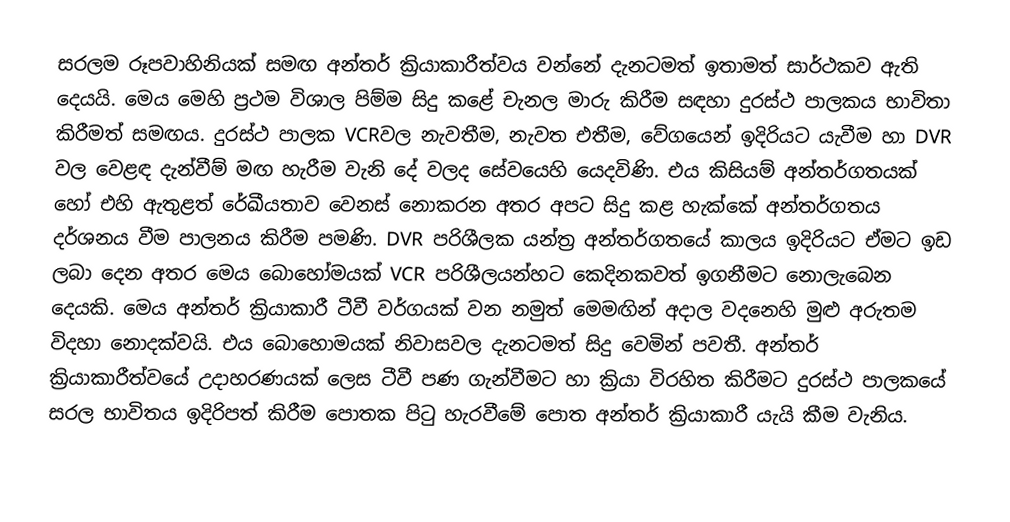
සරලම රූපවාහිනියක් සමඟ අන්තර් ක්‍රියාකාරීත්වය වන්නේ දැනටමත් ඉතාමත් සාර්ථකව ඇති දෙයයි. මෙය මෙහි ප්‍රථම විශාල පිම්ම සිදු ‍කළේ චැනල මාරු කිරීම සඳහා දුරස්ථ පාලකය භාවිතා කිරීමත් සමඟය. දුරස්ථ පාලක VCRවල නැවතීම, නැවත එතීම, වේගයෙන් ඉදිරියට යැවීම හා DVR වල වෙළඳ දැන්වීම් මඟ හැරීම වැනි දේ වලද සේවයෙහි යෙදවිණි. එය කිසියම් අන්තර්ගතයක් හෝ එහි ඇතුළත් රේඛීයතාව වෙනස් නොකරන අතර අපට සිදු කළ හැක්කේ අන්තර්ගතය දර්ශනය වීම පාලනය කිරීම පමණි. DVR පරිශීලක යන්ත්‍ර අන්තර්ගතයේ කාලය ඉදිරියට ඒමට ඉඩ ලබා දෙන අතර මෙය බොහෝමයක් VCR පරිශීලයන්හට කෙදිනකවත් ඉගනීමට නොලැබෙන දෙයකි. මෙය අන්තර් ක්‍රියාකාරී ටීවී වර්ගයක් වන නමුත් මෙමඟින් අදාල වදනෙහි මුළු අරුතම විදහා නොදක්වයි. එය ‍බොහොමයක් නිවාසවල දැනටමත් සිදු වෙමින් පවතී. අන්තර් ක්‍රියාකාරීත්වයේ උදාහරණයක් ලෙස ටීවී පණ ගැන්වීමට හා ක්‍රියා විරහිත කිරීමට දුරස්ථ පාලකයේ සරල භාවිතය ඉදිරිපත් කිරීම පොතක පිටු හැරවීමේ පොත අන්තර් ක්‍රියාකාරී යැයි කීම වැනිය.